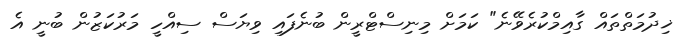
ޚިދުމަތްތައް ގާއިމްކުރެވޭނެ" ކަމަށް މިނިސްޓްރީން ބުނެފައި ވިޔަސް ސިއްހީ މަރުކަޒުން ބުނީ އެ